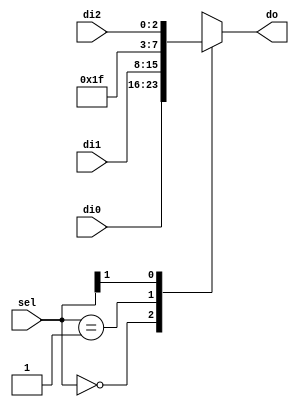
`define NBITS 8

module mux13(di0, di1, di2, sel, do);
  input  [`NBITS-1:0] di0, di1;
  input  [`NBITS-6:0] di2;
  input  [1:0] sel; 
  output [`NBITS-1:0] do;
  reg    [`NBITS-1:0] do;
  
  always@(sel) begin
     casex(sel)
     2'b00: do=di0;
     2'b01: do=di1;
     2'b1x: do={5'b11111, di2};
   endcase
  end
endmodule

module test_Mux13;
  reg [`NBITS-1:0] input0;
  reg [`NBITS-1:0] input1;
  reg [`NBITS-6:0] input2;
  reg [1:0] selection;
  wire [`NBITS-1:0] out;
  
  mux13 InstMux13(input0, input1, input2, selection, out);
  
  initial 
    begin
      #0  input0 = 8'b1;
          input1 = 8'h0F;
          input2 = 3'b010;
          selection = 2'b00;
        
      #20 input0 = 8'b1;
          input1 = 8'h0F;
          input2 = 3'b010;
          selection = 2'b01;
          
      #20 input0 = 8'b1;
          input1 = 8'h0F;
          input2 = 3'b010;
          selection = 2'b10;
          
      #20 input0 = 8'b1;
          input1 = 8'h0F;
          input2 = 3'b010;
          selection = 2'b01;     
                
      #20 input0 = 8'b1;
          input1 = 8'h0F;
          input2 = 3'b010;
          selection = 2'b11;       
             
      
      #10 $finish;
    end
  
endmodule